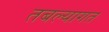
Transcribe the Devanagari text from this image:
तबल्यागत